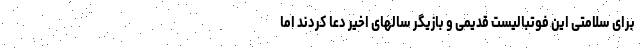
برای سلامتی این فوتبالیست قدیمی و بازیگر سالهای اخیر دعا کردند اما